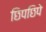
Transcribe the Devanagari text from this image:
छिपछिपे